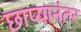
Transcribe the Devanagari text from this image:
छाप्यानंतर